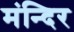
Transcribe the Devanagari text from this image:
मंन्दिर